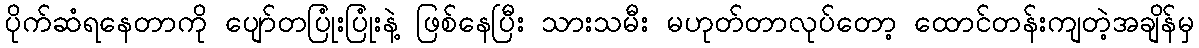
ပိုက်ဆံရနေတာကို ပျော်တပြုံးပြုံးနဲ့ ဖြစ်နေပြီး သားသမီး မဟုတ်တာလုပ်တော့ ထောင်တန်းကျတဲ့အချိန်မှ